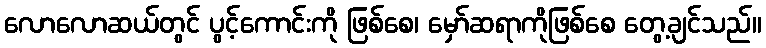
လောလောဆယ်တွင် ပွင့်ကောင်းကို ဖြစ်စေ၊ မှော်ဆရာကိုဖြစ်စေ တွေ့ချင်သည်။